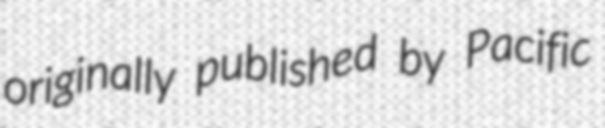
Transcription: originally published by Pacific